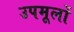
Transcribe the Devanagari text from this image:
उपमूलों